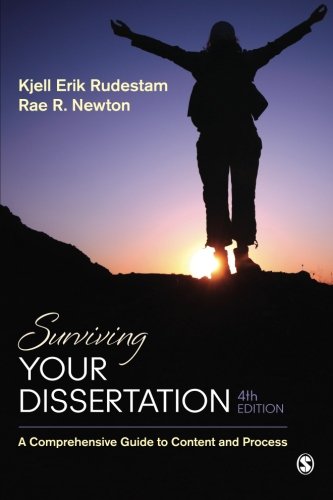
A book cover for Surviving Your Dissertation: A Comprehensive Guide to Content and Process; Kjell E. (Erik) Rudestam; Test Preparation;